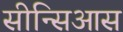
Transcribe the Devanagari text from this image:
सीन्सिआस